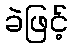
ခဲဖြင့်